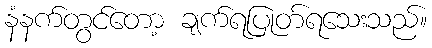
နံနက်တွင်တော့ ချက်ရပြုတ်ရသေးသည်။